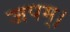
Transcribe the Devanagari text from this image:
जपम्‌।